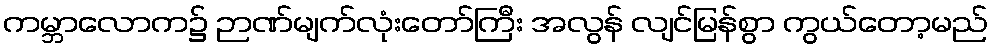
ကမ္ဘာလောက၌ ဉာဏ်မျက်လုံးတော်ကြီး အလွန် လျင်မြန်စွာ ကွယ်တော့မည်